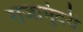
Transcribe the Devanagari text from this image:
राजामुंदरी